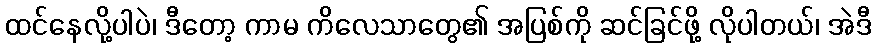
ထင်နေလို့ပါပဲ၊ ဒီတော့ ကာမ ကိလေသာတွေ၏ အပြစ်ကို ဆင်ခြင်ဖို့ လိုပါတယ်၊ အဲဒီ